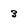
Character: 3